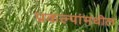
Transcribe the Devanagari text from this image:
प्रकल्पांमधील